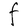
Character: F